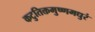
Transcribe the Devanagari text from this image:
कटुतिक्तमुष्णमधुरं